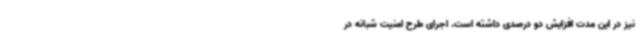
نیز در این مدت افزایش دو درصدی داشته است. اجرای طرح امنیت شبانه در